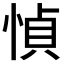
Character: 𫺤